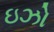
ઇઝો